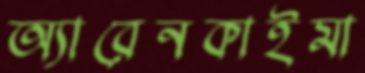
অ্যারেনকাইমা